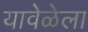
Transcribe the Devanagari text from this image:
यावेळेला